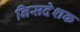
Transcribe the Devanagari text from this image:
निसदेशक